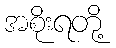
အစိုးရတို့